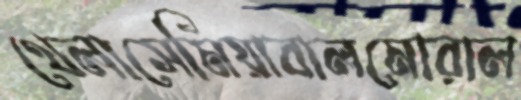
থেলাসেমিয়াবালমোরাল